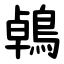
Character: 鵫